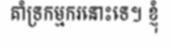
គាំទ្រកម្មករនោះទេ។ ខ្ញុំ